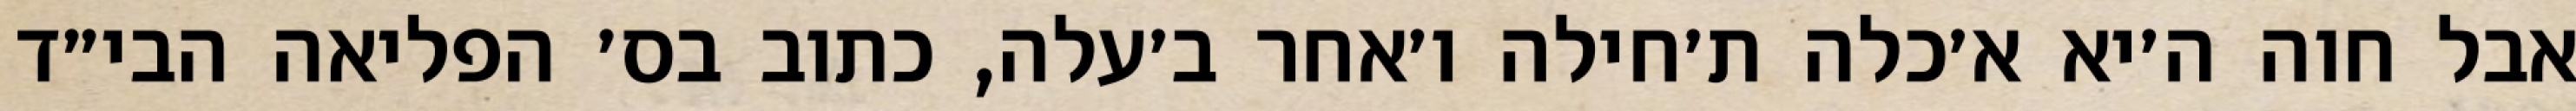
אבל חוה ה׳יא א׳כלה ת׳חילה ו׳אחר ב׳עלה, כתוב בס׳ הפליאה הבי״ד